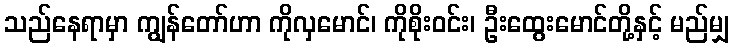
သည်နေရာမှာ ကျွန်တော်ဟာ ကိုလှမောင်၊ ကိုစိုးဝင်း၊ ဦးထွေးမောင်တို့နှင့် မည်မျှ